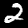
Label: 2